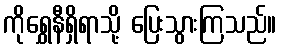
ကိုရွှေနီရှိရာသို့ ပြေးသွားကြသည်။